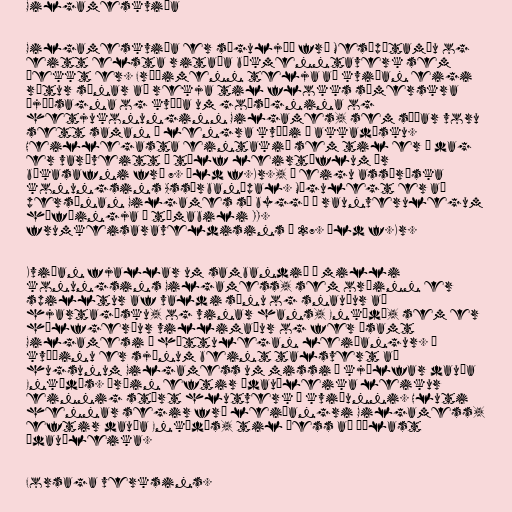
Gilgameskviða

Gilgameskviða er söguljóð frá Mesópótamíu og
eitt elsta ritaða bókmenntaverk sem
þekkt er. Fræðimenn telja að kviðan eigi
rætur sínar að rekja til flokks súmerskra
þjóðsagna og kvæða um goðsögnina og
hetjukonunginn Gilgames, sem síðar voru
sett saman í lengra kvæði á akkadísku.
Heillegasta eintakið sem til er í dag
er varðveitt á tólf leirtöflum úr
bókasafni frá 7. öld f.Kr., í eigu assýríska
konungsins Assúrbanípal. Mögulegt er að
persónan Gilgames sé byggð á raunverulegum
höfðingja á tímabili II.
frumkeisaraveldisins á 27. öld f.Kr.

Kviðan fjallar um sambandið á milli
konungsins Gilgamess, sem orðinn er
spilltur af valdi sínu og snauður að
hjartagæsku, og vinar hans, Enkídú, sem er
hálfgerður villimaður og fer ásamt
Gilgamesi í hættulegan leiðangur. Í
kvæðinu er sjónum beint talsvert að
hugsunum Gilgamess um missi í kjölfar dauða
Enkídús. Þráin eftir ódauðleika leikur
einnig stórt hlutverk í kviðunni. Hluti
hennar segir frá leiðangri Gilgamess,
eftir dauða Enkídús, til þess að öðlast
ódauðleika.

Forsaga verksins.